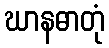
ဃာနဓာတုံ